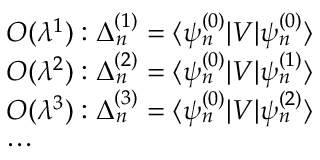
\begin{array} { r l } & { { \cal { O } } ( \lambda ^ { 1 } ) : \Delta _ { n } ^ { ( 1 ) } = \langle \psi _ { n } ^ { ( 0 ) } | V | \psi _ { n } ^ { ( 0 ) } \rangle } \\ & { { \cal { O } } ( \lambda ^ { 2 } ) : \Delta _ { n } ^ { ( 2 ) } = \langle \psi _ { n } ^ { ( 0 ) } | V | \psi _ { n } ^ { ( 1 ) } \rangle } \\ & { { \cal { O } } ( \lambda ^ { 3 } ) : \Delta _ { n } ^ { ( 3 ) } = \langle \psi _ { n } ^ { ( 0 ) } | V | \psi _ { n } ^ { ( 2 ) } \rangle } \\ & { \cdots } \end{array}